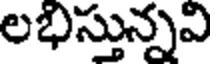
లభిస్తున్నవి